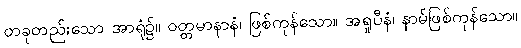
တခုတည်းသော အာရုံ၌။ ဝတ္တမာနာနံ၊ ဖြစ်ကုန်သော။ အရူပီနံ၊ နာမ်ဖြစ်ကုန်သော။